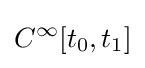
C^{\infty }[t_{0},t_{1}]